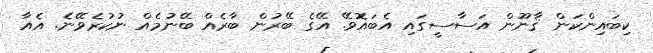
ކިބައިންކަން ޤާނޫން އަސާސީގައި އެބައޮވޭ. އޭގެ ބޭރުން ބާރެއް ބޭނުމެއް ނުކުރެވޭނެ. އެއާ